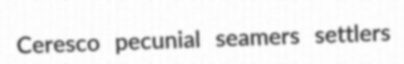
Ceresco pecunial seamers settlers